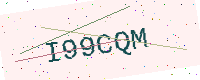
Text: I99CQM